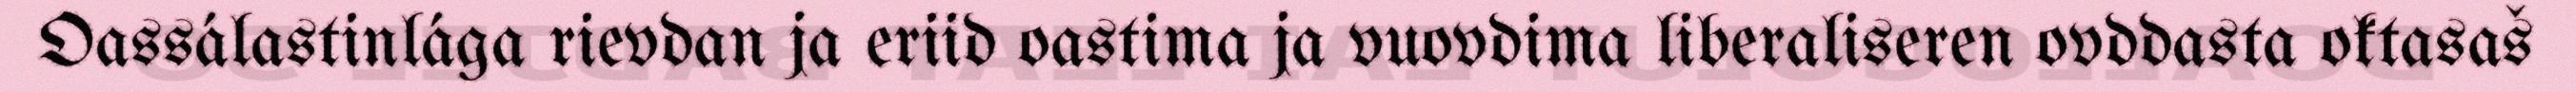
Oassálastinlága rievdan ja eriid oastima ja vuovdima liberaliseren ovddasta oktasaš